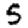
Digit: 5